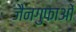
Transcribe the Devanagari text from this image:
जैनगुफाओं